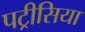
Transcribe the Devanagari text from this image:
पट्रीसिया